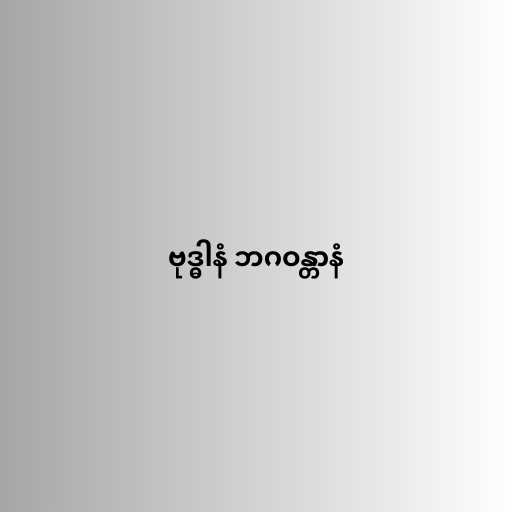
ဗုဒ္ဓါနံ ဘဂဝန္တာနံ